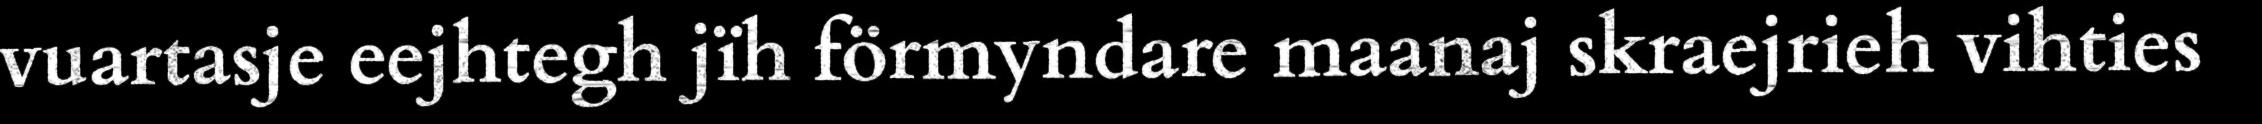
vuartasje eejhtegh jïh förmyndare maanaj skraejrieh vihties